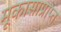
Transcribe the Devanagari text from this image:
मूकासाप्राप्त